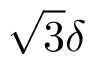
\sqrt { 3 } \delta